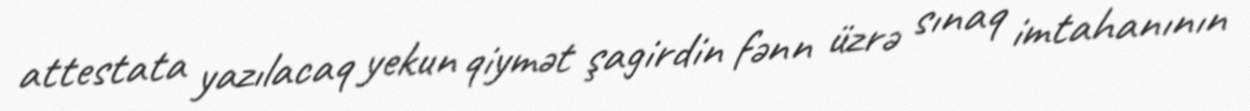
attestata yazılacaq yekun qiymət şagirdin fənn üzrə sınaq imtahanının